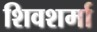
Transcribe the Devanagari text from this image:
शिवशर्मा